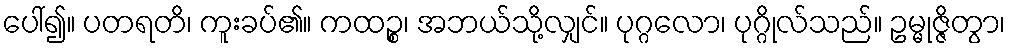
ပေါ်၍။ ပတရတိ၊ ကူးခပ်၏။ ကထဉ္စ၊ အဘယ်သို့လျှင်။ ပုဂ္ဂလော၊ ပုဂ္ဂိုလ်သည်။ ဥမ္မုဇ္ဇိတွာ၊